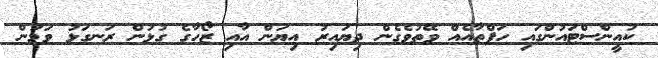
ކުއީންސްޓައުންގައި ހަފްތާއެއް ވޭތުވެގެން ދިޔައިރު އިޔަން އާއި ޒޯހާގެ ގުޅުން ރަނގަޅު ވަމުން